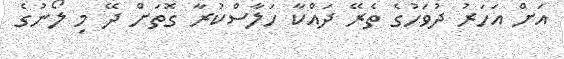
އަށް އަހަރު ދުވަހުގެ ތެރޭ ދައްކާ ހަލާސްކުރާ ގޮތަށް ދޭ މި ލޯނުގެ